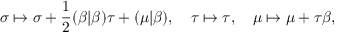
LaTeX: \sigma \mapsto \sigma + \frac 1 2 ( \beta | \beta ) \tau + ( \mu | \beta ) , \quad \tau \mapsto \tau , \quad \mu \mapsto \mu + \tau \beta ,